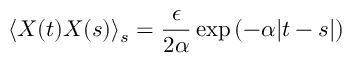
\langle X ( t ) X ( s ) \rangle _ { s } = \frac { \epsilon } { 2 \alpha } \exp \left( - \alpha | t - s | \right)